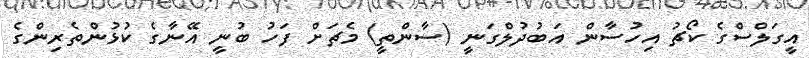
އީގަލްސްގެ ކޯޗު އިހުސާން އަބުދުލްގަނީ (ސާންތީ) މެޗަށް ފަހު ބުނީ އޭނާގެ ކުޅުންތެރިންގެ